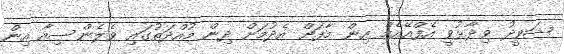
ޝަވީދު ވިދާޅުވީ އެފްއޭއެމް އިން މާފަށް އެދުމަށް ދިން މުއްދަތުގައި ވެލެންސިއާ އިން